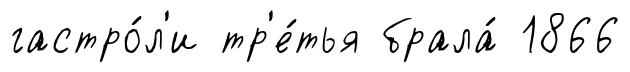
гастро́л'и тр'е́тья брала́ 1866